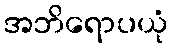
အဘိရောပယုံ